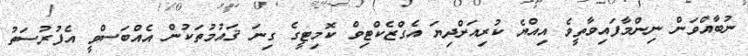
ނުބާއްވަން ނިންމާފައިވާތީވެ އިއްޔެ ކުރިއަށްދިޔަ އެގްޒެކްޓިވް ކޮމިޓީގެ ގިނަ ޤައުމުތަކުން އެއްބަސްވީ އެފުރުސަތު